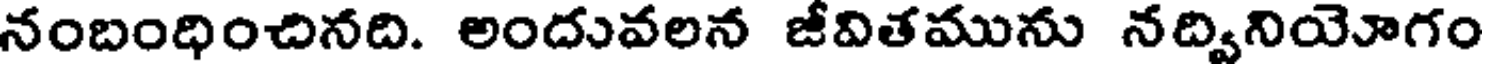
నంబంధించినది. అందువలన జీవితమును నద్వినియోగం